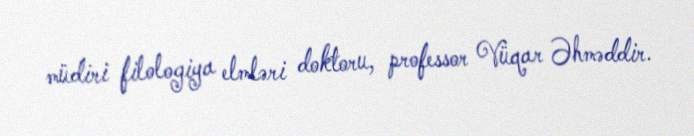
müdiri filologiya elmləri doktoru, professor Vüqar Əhməddir.